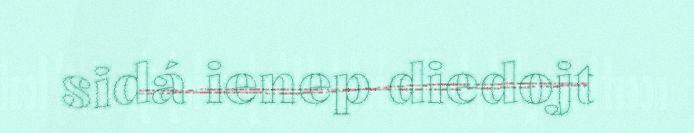
sidá ienep diedojt